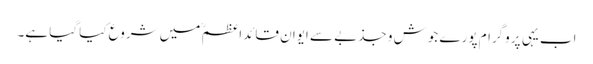
اب یہی پروگرام پورے جوش و جذبے سے ایوانِ قائداعظمؒ میں شروع کیا گیا ہے۔